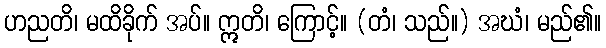
ဟညတိ၊ မထိခိုက် အပ်။ ဣတိ၊ ကြောင့်။ (တံ၊ သည်။) အဃံ၊ မည်၏။